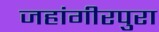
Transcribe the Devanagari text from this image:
जहांगीरपुरा